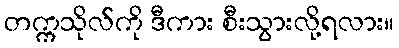
တက္ကသိုလ်ကို ဒီကား စီးသွားလို့ရလား။